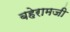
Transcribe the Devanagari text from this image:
बहेरामजी